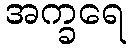
အက္ခရေ